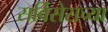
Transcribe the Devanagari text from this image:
सर्विसेसच्या